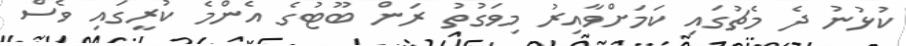
ކުޅުނު ދެ މެޗުގައި ކަމަށްވާއިރު މިވަގުތު ރަން ބޫޓުގެ އެންމެ ކުރީގައި ވެސް